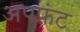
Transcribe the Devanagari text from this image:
अपफ़्रंट